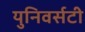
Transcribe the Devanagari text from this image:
युनिवर्सटी